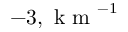
- 3 , \mathrm { ~ k ~ m ~ } ^ { - 1 }